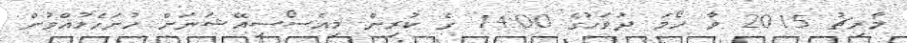
މާރިޗު 2015 ވާ ހޯމަ ދުވަހުގެ 14:00 ގެ ކުރިން މިއެސޯސިއޭޝަނަށް ހުށަހެޅުއްވުން